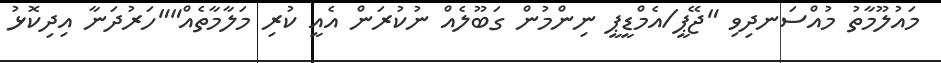
މައުލޫމާތު މުއްސަނދިވި "ޖޭޕީ/އެމްޑީޕީ ނިންމުން ގަބޫލެއް ނުކުރަން އެއީ ކުރި މަލާމާތެއް""ހަރުދަނާ އިދިކޮޅު